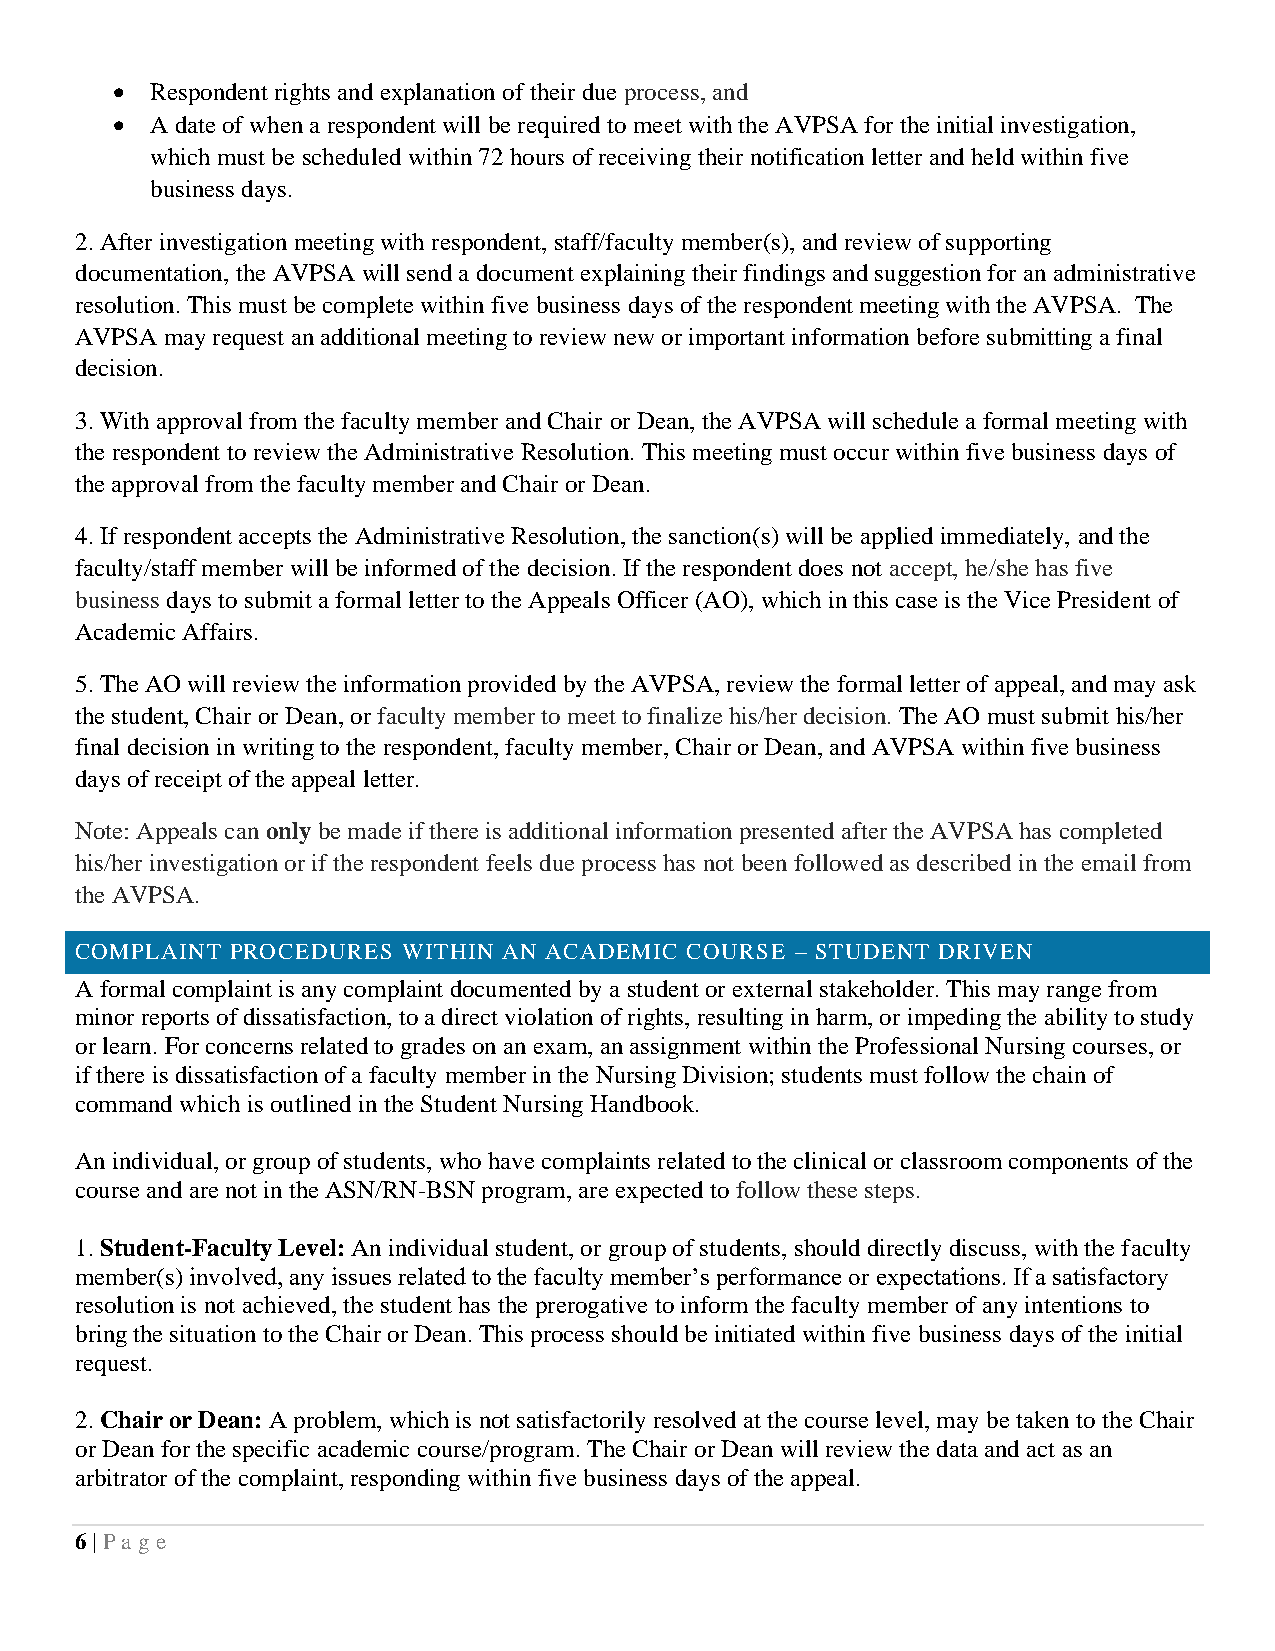
•  Respondent rights and explanation of their due process, and
 •  A date of when a respondent will be required to meet with the AVPSA for the initial investigation,
 which must be scheduled within 72 hours of receiving their notification letter and held within five
 business days.
 2. After investigation meeting with respondent, staff/faculty member(s), and review of supporting
 documentation, the AVPSA will send a document explaining their findings and suggestion for an administrative
 resolution. This must be complete within five business days of the respondent meeting with the AVPSA. The
 AVPSA may request an additional meeting to review new or important information before submitting a final
 decision.
 3. With approval from the faculty member and Chair or Dean, the AVPSA will schedule a formal meeting with
 the respondent to review the Administrative Resolution. This meeting must occur within five business days of
 the approval from the faculty member and Chair or Dean.
 4. If respondent accepts the Administrative Resolution, the sanction(s) will be applied immediately, and the
 faculty/staff member will be informed of the decision. If the respondent does not accept, he/she has five
 business days to submit a formal letter to the Appeals Officer (AO), which in this case is the Vice President of
 Academic Affairs.
 5. The AO will review the information provided by the AVPSA, review the formal letter of appeal, and may ask
 the student, Chair or Dean, or faculty member to meet to finalize his/her decision. The AO must submit his/her
 final decision in writing to the respondent, faculty member, Chair or Dean, and AVPSA within five business
 days of receipt of the appeal letter.
 Note: Appeals can only be made if there is additional information presented after the AVPSA has completed
 his/her investigation or if the respondent feels due process has not been followed as described in the email from
 the AVPSA.
 COMPLAINT PROCEDURES  WITHIN AN ACADEMIC COURSE – STUDENT DRIVEN
 A formal complaint is any complaint documented by a student or external stakeholder. This may range from
 minor reports of dissatisfaction, to a direct violation of rights, resulting in harm, or impeding the ability to study
 or learn. For concerns related to grades on an exam, an assignment within the Professional Nursing courses, or
 if there is dissatisfaction of a faculty member in the Nursing Division; students must follow the chain of
 command which is outlined in the Student Nursing Handbook.
 An individual, or group of students, who have complaints related to the clinical or classroom components of the
 course and are not in the ASN/RN-BSN program, are expected to follow these steps.
 1. Student-Faculty Level: An individual student, or group of students, should directly discuss, with the faculty
 member(s) involved, any issues related to the faculty member’s performance or expectations. If a satisfactory
 resolution is not achieved, the student has the prerogative to inform the faculty member of any intentions to
 bring the situation to the Chair or Dean. This process should be initiated within five business days of the initial
 request.
 2. Chair or Dean: A problem, which is not satisfactorily resolved at the course level, may be taken to the Chair
 or Dean for the specific academic course/program. The Chair or Dean will review the data and act as an
 arbitrator of the complaint, responding within five business days of the appeal.
 6 | Pa ge